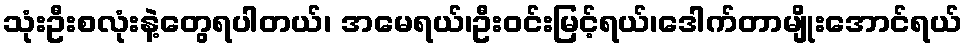
သုံးဦးစလုံးနဲ့တွေရပါတယ်၊ အမေရယ်၊ဦးဝင်းမြင့်ရယ်၊ဒေါက်တာမျိုးအောင်ရယ်